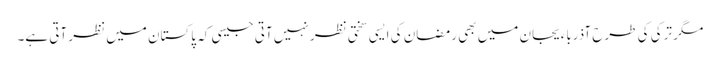
مگر ترکی کی طرح آذرباءیجان میں بھی رمضان کی ایسی سختی نظر نہیں آتی جیسی کہ پاکستان میں نظر آتی ہے۔